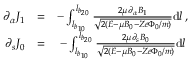
\begin{array} { r l r } { \partial _ { \alpha } J _ { 1 } } & { = } & { - \int _ { l _ { b _ { 1 0 } } } ^ { l _ { b _ { 2 0 } } } \frac { 2 \mu \partial _ { \alpha } B _ { 1 } } { \sqrt { 2 ( { \cal E } - \mu B _ { 0 } - Z e \Phi _ { 0 } / m ) } } \mathrm { d } l \, , } \\ { \partial _ { s } J _ { 0 } } & { = } & { - \int _ { l _ { b _ { 1 0 } } } ^ { l _ { b _ { 2 0 } } } \frac { 2 \mu \partial _ { s } B _ { 0 } } { \sqrt { 2 ( { \cal E } - \mu B _ { 0 } - Z e \Phi _ { 0 } / m ) } } \mathrm { d } l \, } \end{array}